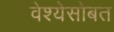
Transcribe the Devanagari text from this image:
वेश्येसोबत